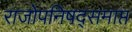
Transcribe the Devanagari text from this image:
राजोपनिषद्समाप्त